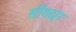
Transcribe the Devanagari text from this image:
सींगदार